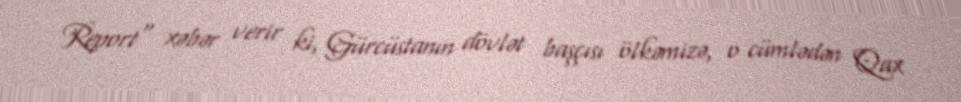
Report" xəbər verir ki, Gürcüstanın dövlət başçısı ölkəmizə, o cümlədən Qax